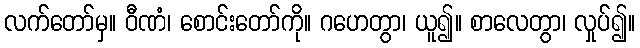
လက်တော်မှ။ ဝီဏံ၊ စောင်းတော်ကို။ ဂဟေတွာ၊ ယူ၍။ စာလေတွာ၊ လှုပ်၍။